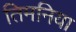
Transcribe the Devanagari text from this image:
तिमनिया